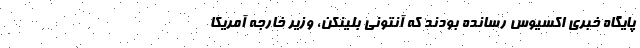
پایگاه خبری اکسیوس رسانده‌ بودند که آنتونی بلینکن، وزیر خارجه آمریکا